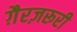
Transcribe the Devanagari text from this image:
ग़ैरज़रूरी